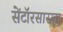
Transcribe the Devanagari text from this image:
सेंटॉरसारखा